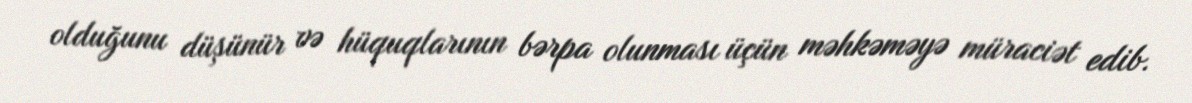
olduğunu düşünür və hüquqlarının bərpa olunması üçün məhkəməyə müraciət edib.